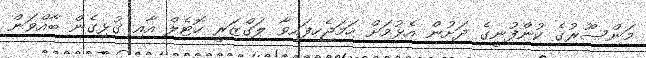
މަންސޫރުގެ ކުންފުނީގެ ދަށުން އެޅުމަށް ހަމަޖެހިފައިވާ ލަގްޒަރީ ހޮޓެލް އާއި ގުޅިގެން ބާއްވަން